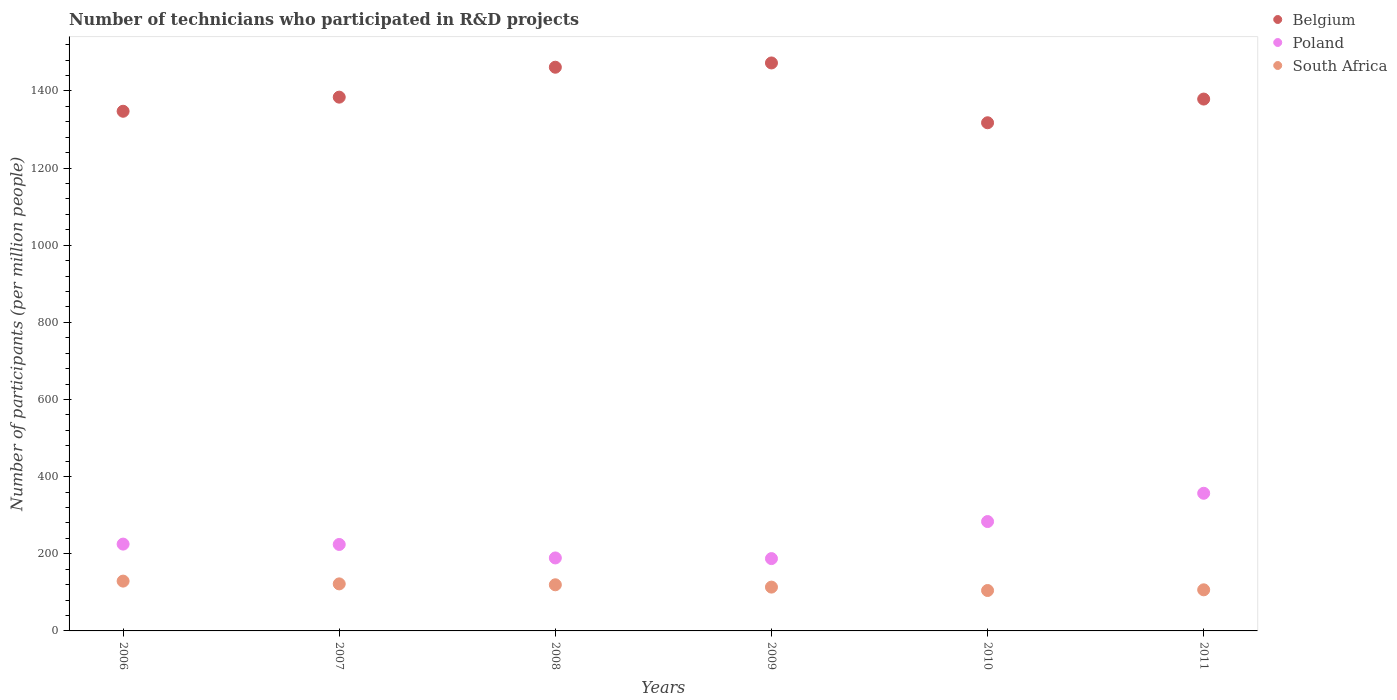
| Years | Belgium | Poland | South Africa |
 | --- | --- | --- | --- |
 | 2006 | 1.35e+03 | 225 | 129 |
 | 2007 | 1.38e+03 | 224 | 122 |
 | 2008 | 1.46e+03 | 189 | 120 |
 | 2009 | 1.47e+03 | 188 | 114 |
 | 2010 | 1.32e+03 | 284 | 105 |
 | 2011 | 1.38e+03 | 357 | 107 |